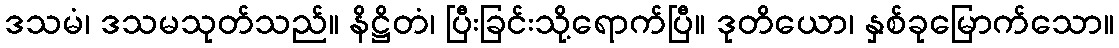
ဒသမံ၊ ဒသမသုတ်သည်။ နိဋ္ဌိတံ၊ ပြီးခြင်းသို့ရောက်ပြီ။ ဒုတိယော၊ နှစ်ခုမြောက်သော။